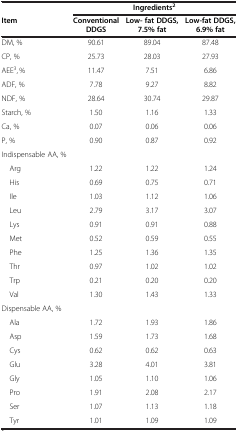
|  | <COLSPAN=3> Ingredients2 |
 | Item | Conventional DDGS | Low- fat DDGS, 7.5% fat | Low-fat DDGS, 6.9% fat |
 | --- | --- | --- | --- |
 | DM, % | 90.61 | 89.04 | 87.48 |
 | CP, % | 25.73 | 28.03 | 27.93 |
 | AEE3, % | 11.47 | 7.51 | 6.86 |
 | ADF, % | 7.78 | 9.27 | 8.82 |
 | NDF, % | 28.64 | 30.74 | 29.87 |
 | Starch, % | 1.50 | 1.16 | 1.33 |
 | Ca, % | 0.07 | 0.06 | 0.06 |
 | P, % | 0.90 | 0.87 | 0.92 |
 | Indispensable AA, % |  |  |  |
 | Arg | 1.22 | 1.22 | 1.24 |
 | His | 0.69 | 0.75 | 0.71 |
 | Ile | 1.03 | 1.12 | 1.06 |
 | Leu | 2.79 | 3.17 | 3.07 |
 | Lys | 0.91 | 0.91 | 0.88 |
 | Met | 0.52 | 0.59 | 0.55 |
 | Phe | 1.25 | 1.36 | 1.35 |
 | Thr | 0.97 | 1.02 | 1.02 |
 | Trp | 0.21 | 0.20 | 0.20 |
 | Val | 1.30 | 1.43 | 1.33 |
 | Dispensable AA, % |  |  |  |
 | Ala | 1.72 | 1.93 | 1.86 |
 | Asp | 1.59 | 1.73 | 1.68 |
 | Cys | 0.62 | 0.62 | 0.63 |
 | Glu | 3.28 | 4.01 | 3.81 |
 | Gly | 1.05 | 1.10 | 1.06 |
 | Pro | 1.91 | 2.08 | 2.17 |
 | Ser | 1.07 | 1.13 | 1.18 |
 | Tyr | 1.01 | 1.09 | 1.09 |